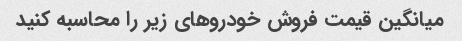
میانگین قیمت فروش خودروهای زیر را محاسبه کنید